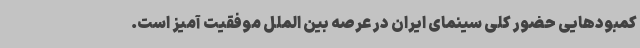
کمبودهایی حضور کلی سینمای ایران در عرصه بین الملل موفقیت آمیز است.